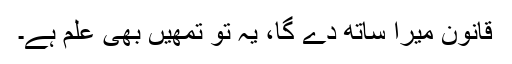
قانون میرا ساتھ دے گا، یہ تو تمھیں بھی علم ہے۔